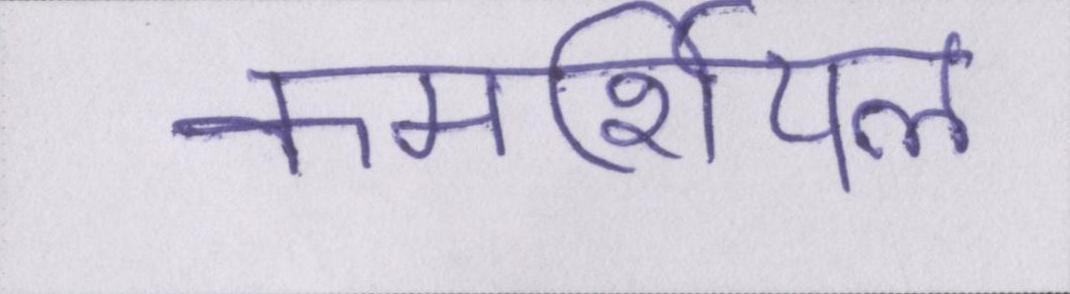
कमर्शियल